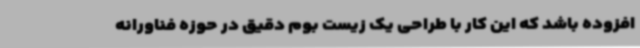
افزوده باشد که این کار با طراحی یک زیست بوم دقیق در حوزه فناورانه